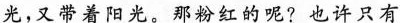
光，又带着阳光。那粉红的呢?也许只有